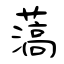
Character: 薃